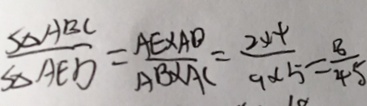
\frac { S _ { \Delta } A B C } { S _ { \Delta } A E D } = \frac { A E \times A D } { A B \times A C } = \frac { 2 \times 4 } { 9 \times 5 } = \frac { 8 } { 4 5 }